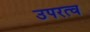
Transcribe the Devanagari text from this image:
उपरत्व